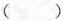
( )